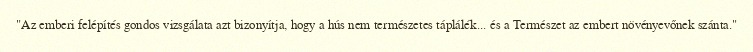
"Az emberi felépítés gondos vizsgálata azt bizonyítja, hogy a hús nem természetes táplálék... és a Természet az embert növényevőnek szánta."